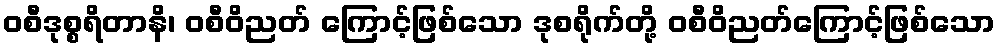
ဝစီဒုစ္စရိတာနိ၊ ဝစီဝိညတ် ကြောင့်ဖြစ်သော ဒုစရိုက်တို့ ဝစီဝိညတ်ကြောင့်ဖြစ်သော